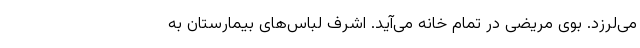
می‌لرزد. بوی مریضی در تمام خانه می‌آید. اشرف لباس‌های بیمارستان به